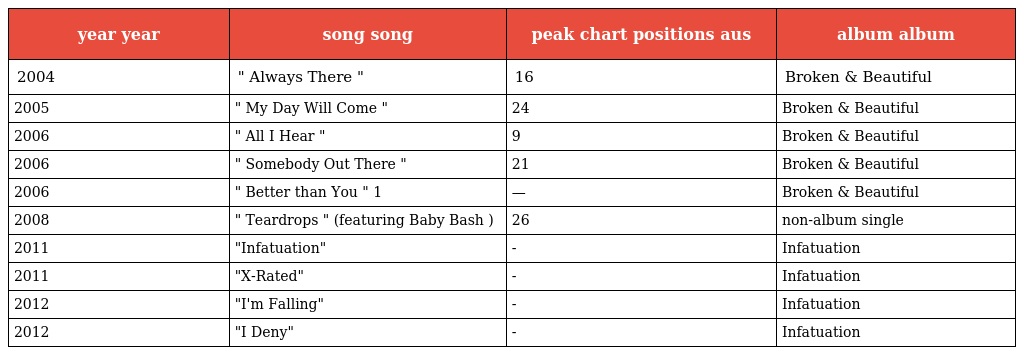
| year year | song song | peak chart positions aus | album album |
 | --- | --- | --- | --- |
 | 2004 | " Always There " | 16 | Broken & Beautiful |
 | 2005 | " My Day Will Come " | 24 | Broken & Beautiful |
 | 2006 | " All I Hear " | 9 | Broken & Beautiful |
 | 2006 | " Somebody Out There " | 21 | Broken & Beautiful |
 | 2006 | " Better than You " 1 | — | Broken & Beautiful |
 | 2008 | " Teardrops " (featuring Baby Bash ) | 26 | non-album single |
 | 2011 | "Infatuation" | - | Infatuation |
 | 2011 | "X-Rated" | - | Infatuation |
 | 2012 | "I'm Falling" | - | Infatuation |
 | 2012 | "I Deny" | - | Infatuation |